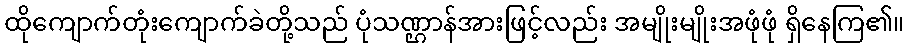
ထိုကျောက်တုံးကျောက်ခဲတို့သည် ပုံသဏ္ဌာန်အားဖြင့်လည်း အမျိုးမျိုးအဖုံဖုံ ရှိနေကြ၏။